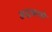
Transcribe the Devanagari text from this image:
अद्रकाचे